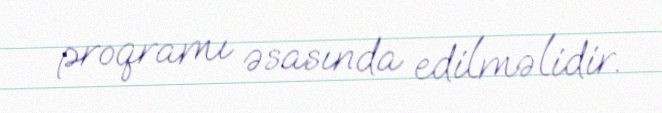
proqramı əsasında edilməlidir.